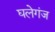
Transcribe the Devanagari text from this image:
घलेगंज